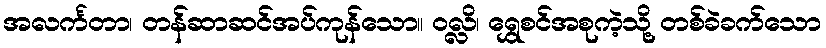
အလင်္ကတာ၊ တန်ဆာဆင်အပ်ကုန်သော။ ဝလ္လိ၊ ရွှေစင်အစုကဲ့သို့ တစ်ခဲခက်သော